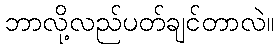
ဘာလို့လည်ပတ်ချင်တာလဲ။